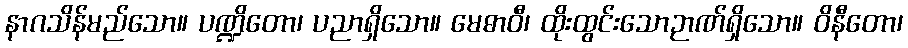
နာဂသိန်မည်သော။ ပဏ္ဍိတော၊ ပညာရှိသော။ မေဓာဝီ၊ ထိုးထွင်းသောဉာဏ်ရှိသော။ ဝိနီတော၊